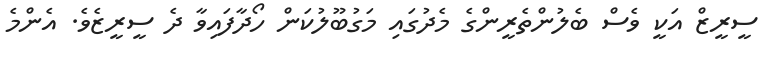
ސީރީޒް އަކީ ވެސް ބެލުންތެރީންގެ މެދުގައި މަގުބޫލުކަން ހޯދާފައިވާ ދެ ސީރީޒެވެ. އެންމެ